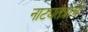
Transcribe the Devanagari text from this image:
नाट्यतंत्राचे